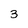
Character: 3